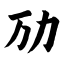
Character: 劢